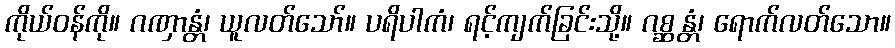
ကိုယ်ဝန်ကို။ ဂဏှာန္တံ၊ ယူလတ်သော်။ ပရိပါကံ၊ ရင့်ကျက်ခြင်းသို့။ ဂစ္ဆန္တံ၊ ရောက်လတ်သော။